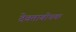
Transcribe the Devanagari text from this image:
देवताबोधक